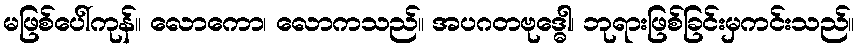
မဖြစ်ပေါ်ကုန်။ လောကော၊ လောကသည်။ အပဂတဗုဒ္ဓေါ၊ ဘုရားဖြစ်ခြင်းမှကင်းသည်။